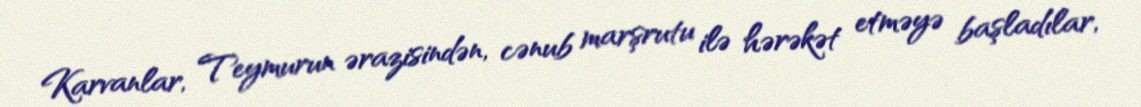
Karvanlar, Teymurun ərazisindən, cənub marşrutu ilə hərəkət etməyə başladılar,